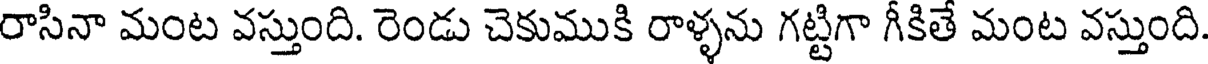
రాసినా మంట వస్తుంది. రెండు చెకుముకి రాళ్ళను గట్టిగా గీకితే మంట వస్తుంది